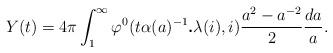
LaTeX: \begin{align*} Y(t)=4\pi \int_1^\infty \varphi^0(t\alpha(a)^{-1} \textbf{.} \lambda(i),i)\frac{a^2-a^{-2}}{2}\frac{da}{a}.\end{align*}